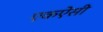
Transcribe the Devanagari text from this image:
एकऐसी